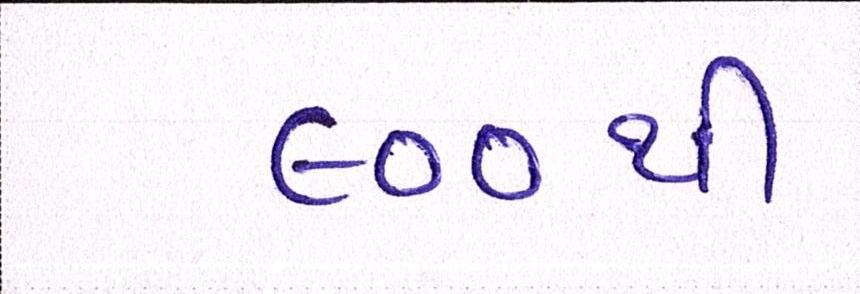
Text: ૯૦૦થી